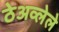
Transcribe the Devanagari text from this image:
ठेअव्लेले